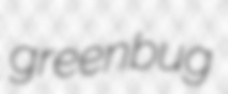
greenbug